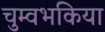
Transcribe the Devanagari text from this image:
चुम्वभकिया